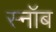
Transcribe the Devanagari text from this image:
स्नॉब